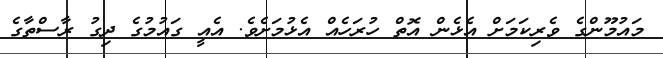
މައުމޫންގެ ވެރިކަމަށް އެޅެން އޮތް ހުރަހެއް އެޅުމަށެވެ. އެއީ ގައުމުގެ ދިގު ރާސްތާގެ